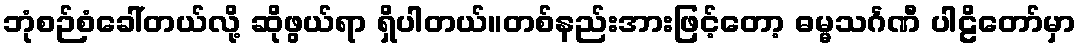
ဘုံစဉ်စံခေါ်တယ်လို့ ဆိုဖွယ်ရာ ရှိပါတယ်။တစ်နည်းအားဖြင့်တော့ ဓမ္မသင်္ဂဏီ ပါဠိတော်မှာ